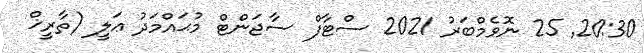
20:30